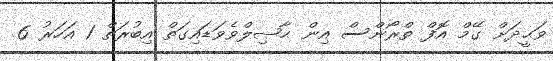
ވަޙީދަށް ގޭމް އޮފް ތްރޯންސް އިން ޙާޞިލްވެވަޑައިގަތް އިބުރަތް 1 އަހަރު 6